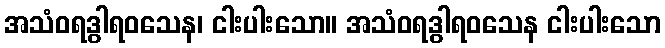
အသံဝရဒွါရဝသေန၊ ငါးပါးသော။ အသံဝရဒွါရဝသေန ငါးပါးသော